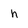
Character: h